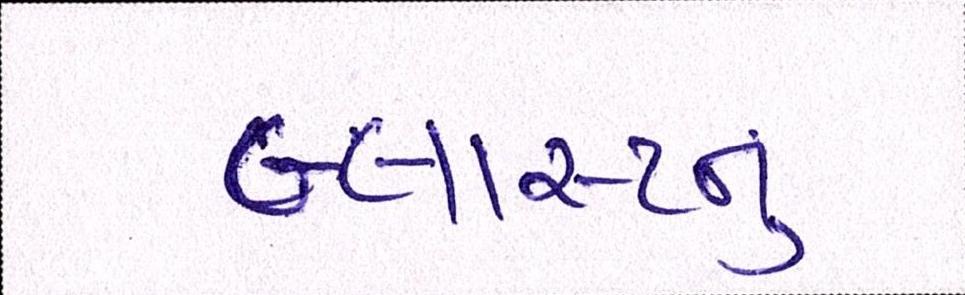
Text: બ્લાસ્ટનું